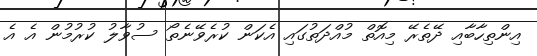
އިންތިހާބާއި ދޭތެރޭ މިއޮތް މުއްދަތުގައި އެކަން ކުރެވޭނެތޯ ސުވާލު ކުރުމުން އެ އެ